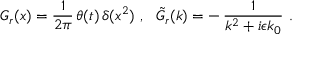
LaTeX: G _ { r } ( x ) = \frac { 1 } { 2 \pi } \, \theta ( t ) \, \delta ( x ^ { 2 } ) \, \, , \, \, \, \, \tilde { G } _ { r } ( k ) = - \, \frac { 1 } { k ^ { 2 } + i \epsilon k _ { 0 } } \, \, .